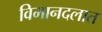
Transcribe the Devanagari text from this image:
विमानदलात